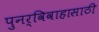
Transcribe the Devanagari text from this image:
पुनर्विवाहासाठी